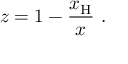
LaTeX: z = 1 - \frac { x _ { \mathrm { H } } } { x } \ .